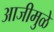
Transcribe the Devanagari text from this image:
आजीमुळे